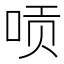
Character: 唝